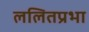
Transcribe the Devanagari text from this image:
ललितप्रभा